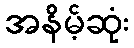
အနိမ့်ဆုံး